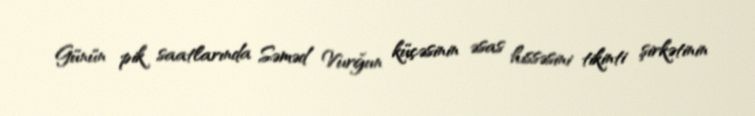
Günün pik saatlarında Səməd Vurğun küçəsinin əsas hissəsini tikinti şirkətinin